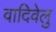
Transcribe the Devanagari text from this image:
वादिवेलु